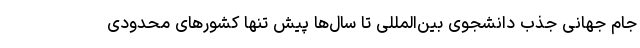
جام جهانی جذب دانشجوی بین‌المللی تا سال‌ها پیش تنها کشورهای محدودی